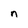
Character: n